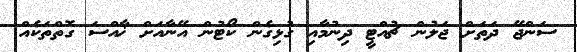
ސަންޖޭ ދަތަށް ޖަލުން ޗުއްޓީ ދިނުމާއި ގުޅިގެން ކޯޓުން އޭނާއަށް ޚާއްސަ ގޮތްތަކެއް